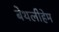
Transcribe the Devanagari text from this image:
बेथलीहेम